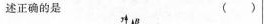
述正确的是 ()